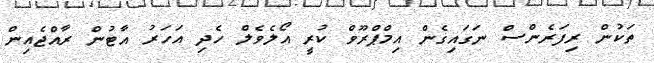
ތަކުން ރިފަރެންސް ނަގައިގެން އިމްޕްރޫވް ކުރީ އޯލެވެލް ހެދި އަހަރު އާޓުން ރާއްޖެއިން